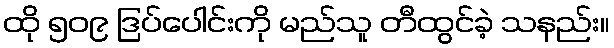
ထို ၅၀၉ ဒြပ်ပေါင်းကို မည်သူ တီထွင်ခဲ့ သနည်း။